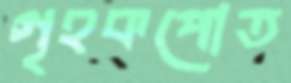
গৃহকপোত